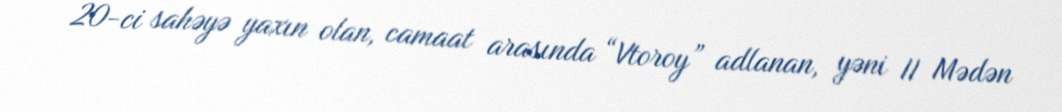
20-ci sahəyə yaxın olan, camaat arasında “Vtoroy” adlanan, yəni II Mədən